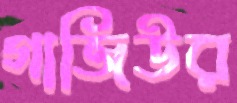
গাজিউর